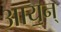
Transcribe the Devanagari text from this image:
आय॒न्